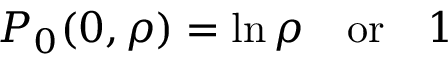
P _ { 0 } ( 0 , \rho ) = \ln \rho \, \, \, \, \, \, \mathrm { o r } \, \, \, \, \, \, 1